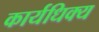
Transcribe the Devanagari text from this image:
कार्यधिक्य